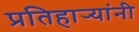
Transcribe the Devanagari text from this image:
प्रतिहार्‍यांनी